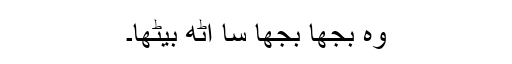
وہ بجھا بجھا سا اٹھ بیٹھا۔